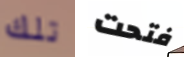
تلك فتحت